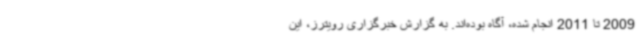
2009 تا 2011 انجام شده، آگاه بوده‌اند. به گزارش خبرگزاری رویترز، این